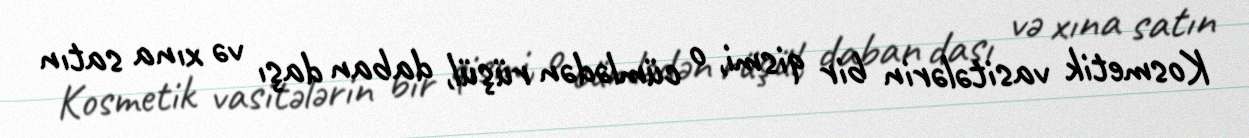
Kosmetik vasitələrin bir qismi, o cümlədən rüşül, daban daşı və xına satın